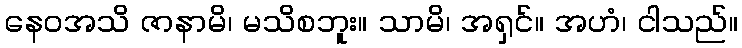
နေဝအသိ ဇာနာမိ၊ မသိစဘူး။ သာမိ၊ အရှင်။ အဟံ၊ ငါသည်။